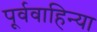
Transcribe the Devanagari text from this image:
पूर्ववाहिन्या